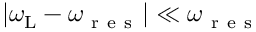
| \omega _ { \mathrm { L } } - \omega _ { \mathrm { ~ r ~ e ~ s ~ } } | \ll \omega _ { \mathrm { ~ r ~ e ~ s ~ } }